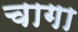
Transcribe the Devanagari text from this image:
चागा